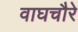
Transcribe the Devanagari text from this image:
वाघचौरे